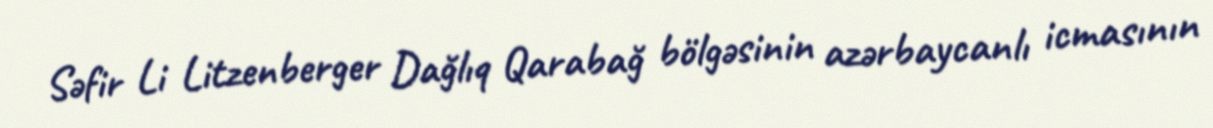
Səfir Li Litzenberger Dağlıq Qarabağ bölgəsinin azərbaycanlı icmasının